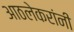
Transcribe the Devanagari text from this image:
आठलेकरांनी